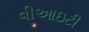
વીઆઇટી